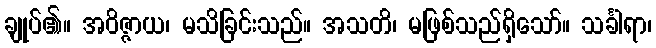
ချုပ်၏။ အဝိဇ္ဇာယ၊ မသိခြင်းသည်။ အသတိ၊ မဖြစ်သည်ရှိသော်။ သင်္ခါရာ၊